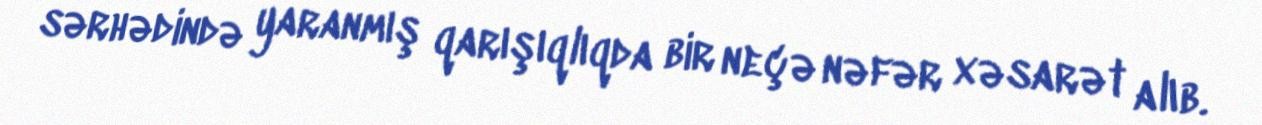
sərhədində yaranmış qarışıqlıqda bir neçə nəfər xəsarət alıb.